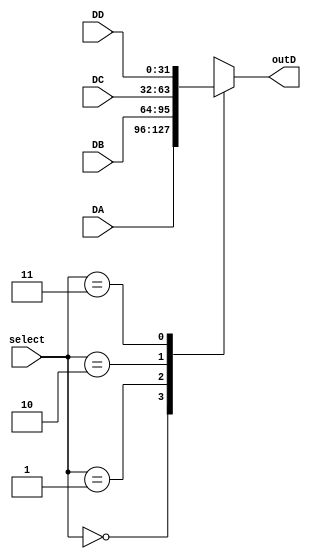
module mux4 (select, DA, DB,DC, DD, outD);
input [1:0] select;
input [31:0] DA, DB, DC, DD;
output reg [31:0] outD;
	
always @ (*) begin
 case (select)
	2'b0: outD = DA;
	2'b01: outD = DB;
	2'b10: outD = DC;
	2'b11: outD = DD;
 endcase
end
endmodule